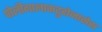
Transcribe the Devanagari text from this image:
पोलीगालाकटुरोनासेस